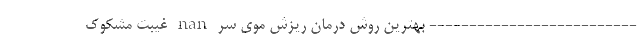
-------------------------- بهترین روش درمان ریزش موی سر nan غیبت مشکوک